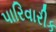
પારિવારીક